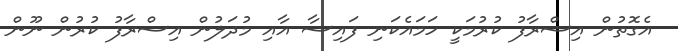
އެގޮތުން އިސްރާފު ކުރުމަކީ ހަމައެކަނި ފައިސާ އާއި މުދަލުން އިސްރާފު ކުރުން ނޫން